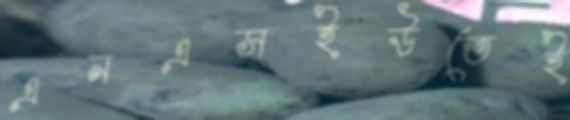
এনএসইউতেই